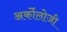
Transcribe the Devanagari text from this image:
अर्कोलोजी